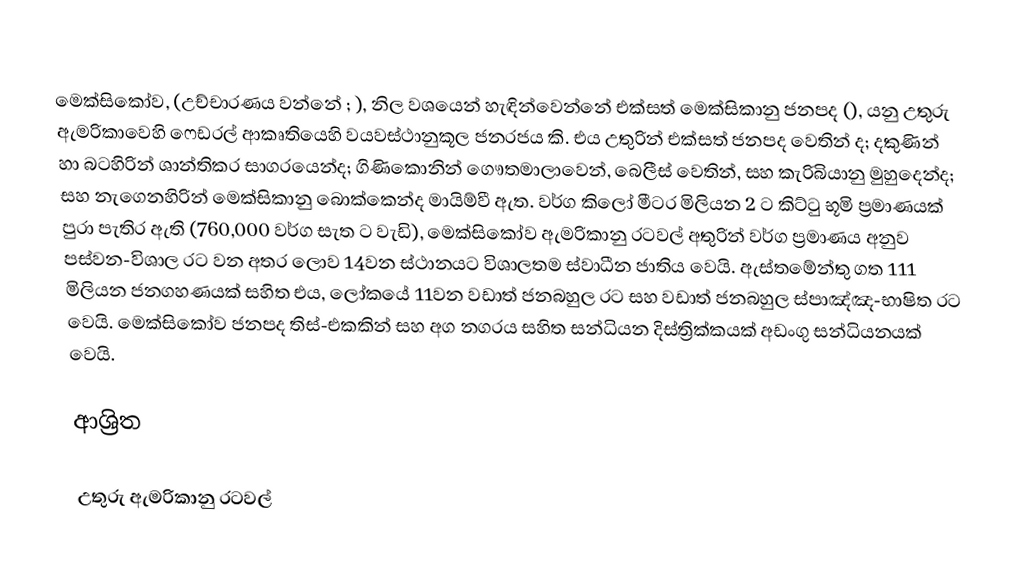
මෙක්සිකෝව,  (උච්චාරණය වන්නේ ;  ),  නිල වශයෙන් හැඳින්වෙන්නේ  එක්සත් මෙක්සිකානු ජනපද (), යනු උතුරු ඇමරිකාවෙහි  ෆෙඩරල් ආකෘතියෙහි වයවස්ථානුකූල ජනරජය කි. එය උතුරින් එක්සත් ජනපද වෙතින් ද; දකුණින් හා බටහිරින් ශාන්තිකර සාගරයෙන්ද; ගිණිකොනින් ගෞතමාලාවෙන්, බෙලීස් වෙතින්, සහ කැරිබියානු මුහුදෙන්ද; සහ නැගෙනහිරින් මෙක්සිකානු බොක්කෙන්ද මායිම්වී ඇත. වර්ග කිලෝ මීටර මිලියන 2 ට කිට්ටු භූමි ප්‍රමාණයක් පුරා පැතිර ඇති (760,000 වර්ග සැත ට වැඩි), මෙක්සිකෝව  ඇමරිකානු රටවල් අතුරින් වර්ග ප්‍රමාණය අනුව පස්වන-විශාල රට වන අතර  ලොව 14වන ස්ථානයට විශාලතම ස්වාධීන ජාතිය වෙයි. ඇස්තමේන්තු ගත 111 මිලියන ජනගහණයක් සහිත එය, ලෝකයේ  11වන වඩාත් ජනබහුල රට සහ වඩාත් ජනබහුල ස්පාඤ්ඤ-භාෂිත රට වෙයි. මෙක්සිකෝව ජනපද තිස්-එකකින් සහ අග නගරය සහිත  සන්ධියන දිස්ත්‍රික්කයක් අඩංගු  සන්ධියනයක් වෙයි.

ආශ්‍රිත

උතුරු ඇමරිකානු රටවල්